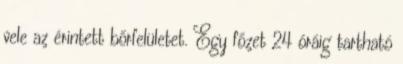
vele az érintett bőrfelületet. Egy főzet 24 óráig tartható